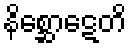
နိစ္ဆောဋေတိ